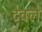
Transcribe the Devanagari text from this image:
टेवले